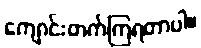
ကျောင်းတက်ကြရတာပါ။